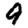
Digit: 9